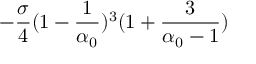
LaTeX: - \frac { \sigma } { 4 } ( 1 - \frac { 1 } { \alpha _ { 0 } } ) ^ { 3 } ( 1 + \frac { 3 } { \alpha _ { 0 } - 1 } )